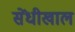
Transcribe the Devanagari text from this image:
सेंधीखाल